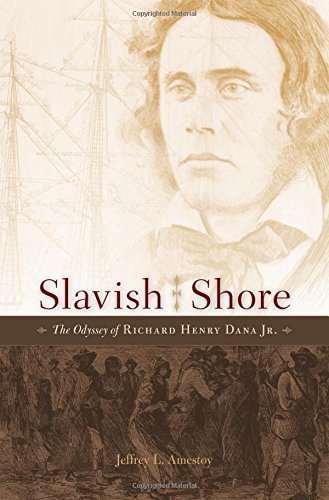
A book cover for Slavish Shore: The Odyssey of Richard Henry Dana Jr.; Jeffrey L. Amestoy; Law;